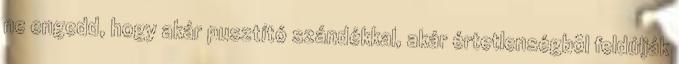
ne engedd, hogy akár pusztító szándékkal, akár értetlenségbõl feldúlják